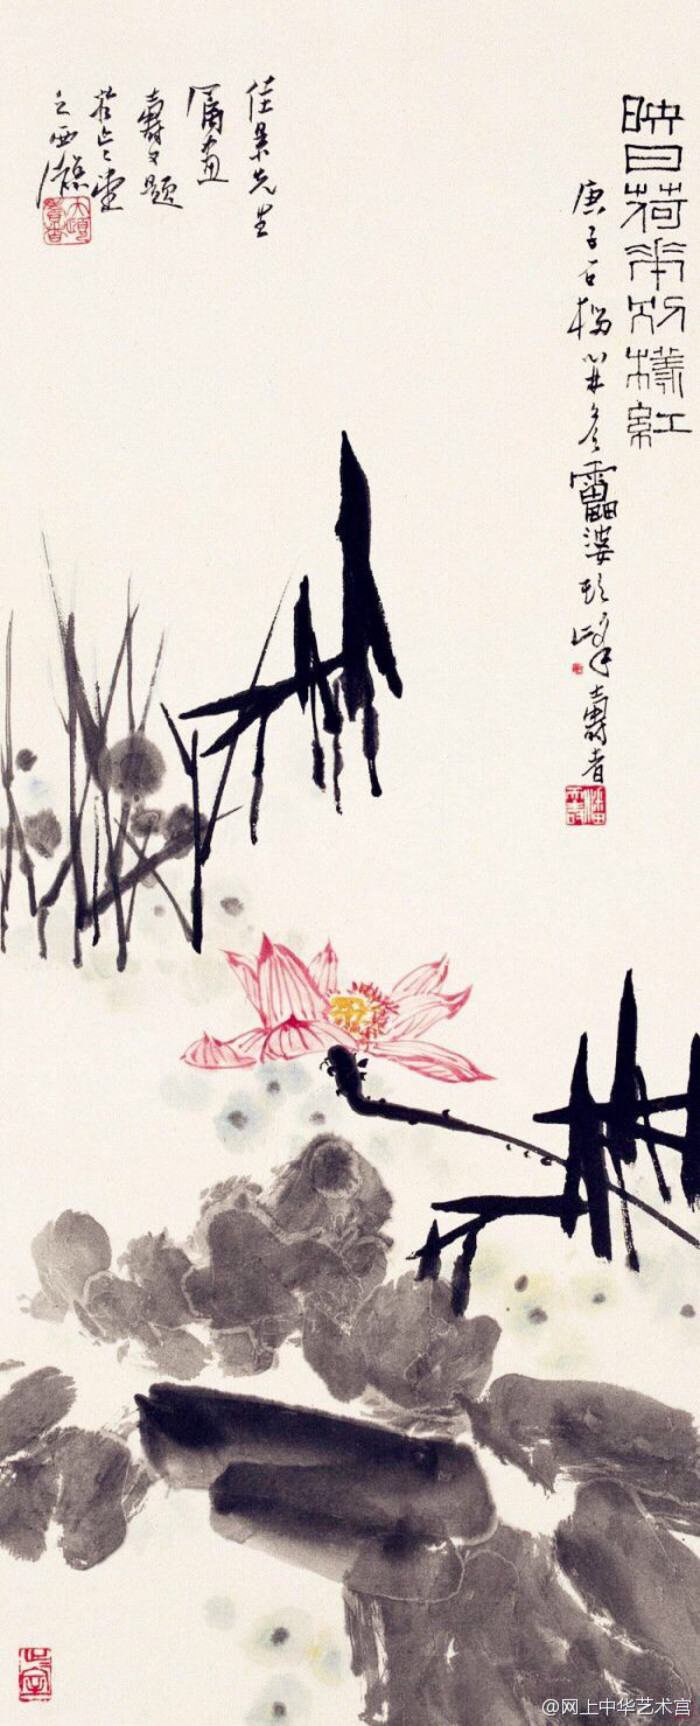
菡萏香销翠叶残，西风愁起绿波间。